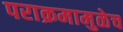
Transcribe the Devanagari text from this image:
पराक्रमामुळेच